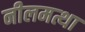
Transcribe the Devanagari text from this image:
नीलमत्था